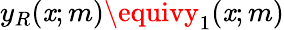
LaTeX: y_{R}(\mathit{x};m)\equivy_{1}(\mathit{x};m)